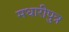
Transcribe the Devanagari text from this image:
मधारीपुत्र